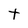
Character: t